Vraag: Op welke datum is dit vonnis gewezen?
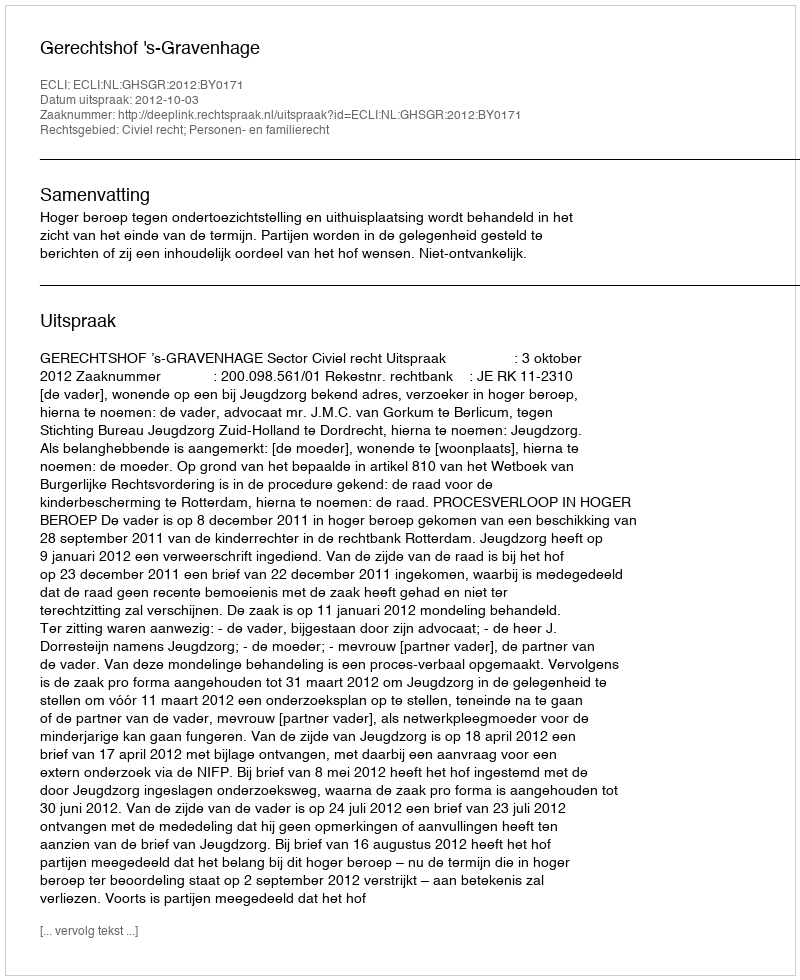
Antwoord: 2012-10-03